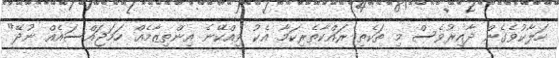
ހަލާކުވެގެން ދާއިރުވެސް މި ތަކެތި ރައްކާތެރިކަމާ އެކު ވިއްކޭނެ އިންތިޒާމެއް ހަމަޖައްސައެއް ނުދޭ"